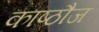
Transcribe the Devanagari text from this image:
काष्ठौज